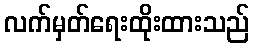
လက်မှတ်ရေးထိုးထားသည်